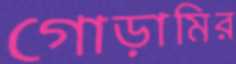
গোড়ামির